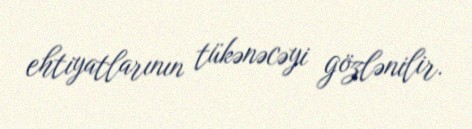
ehtiyatlarının tükənəcəyi gözlənilir.